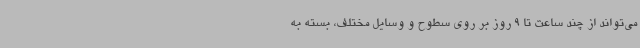
می‌تواند از چند ساعت تا 9 روز بر روی سطوح و وسایل مختلف، بسته به